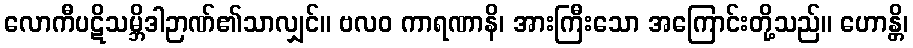
လောကီပဋိသမ္ဘိဒါဉာဏ်၏သာလျှင်။ ဗလဝ ကာရဏာနိ၊ အားကြီးသော အကြောင်းတို့သည်။ ဟောန္တိ၊